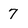
Character: 7